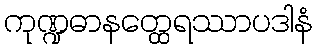
ကုဏ္ဍဓာနတ္ထေရဿာပဒါနံ